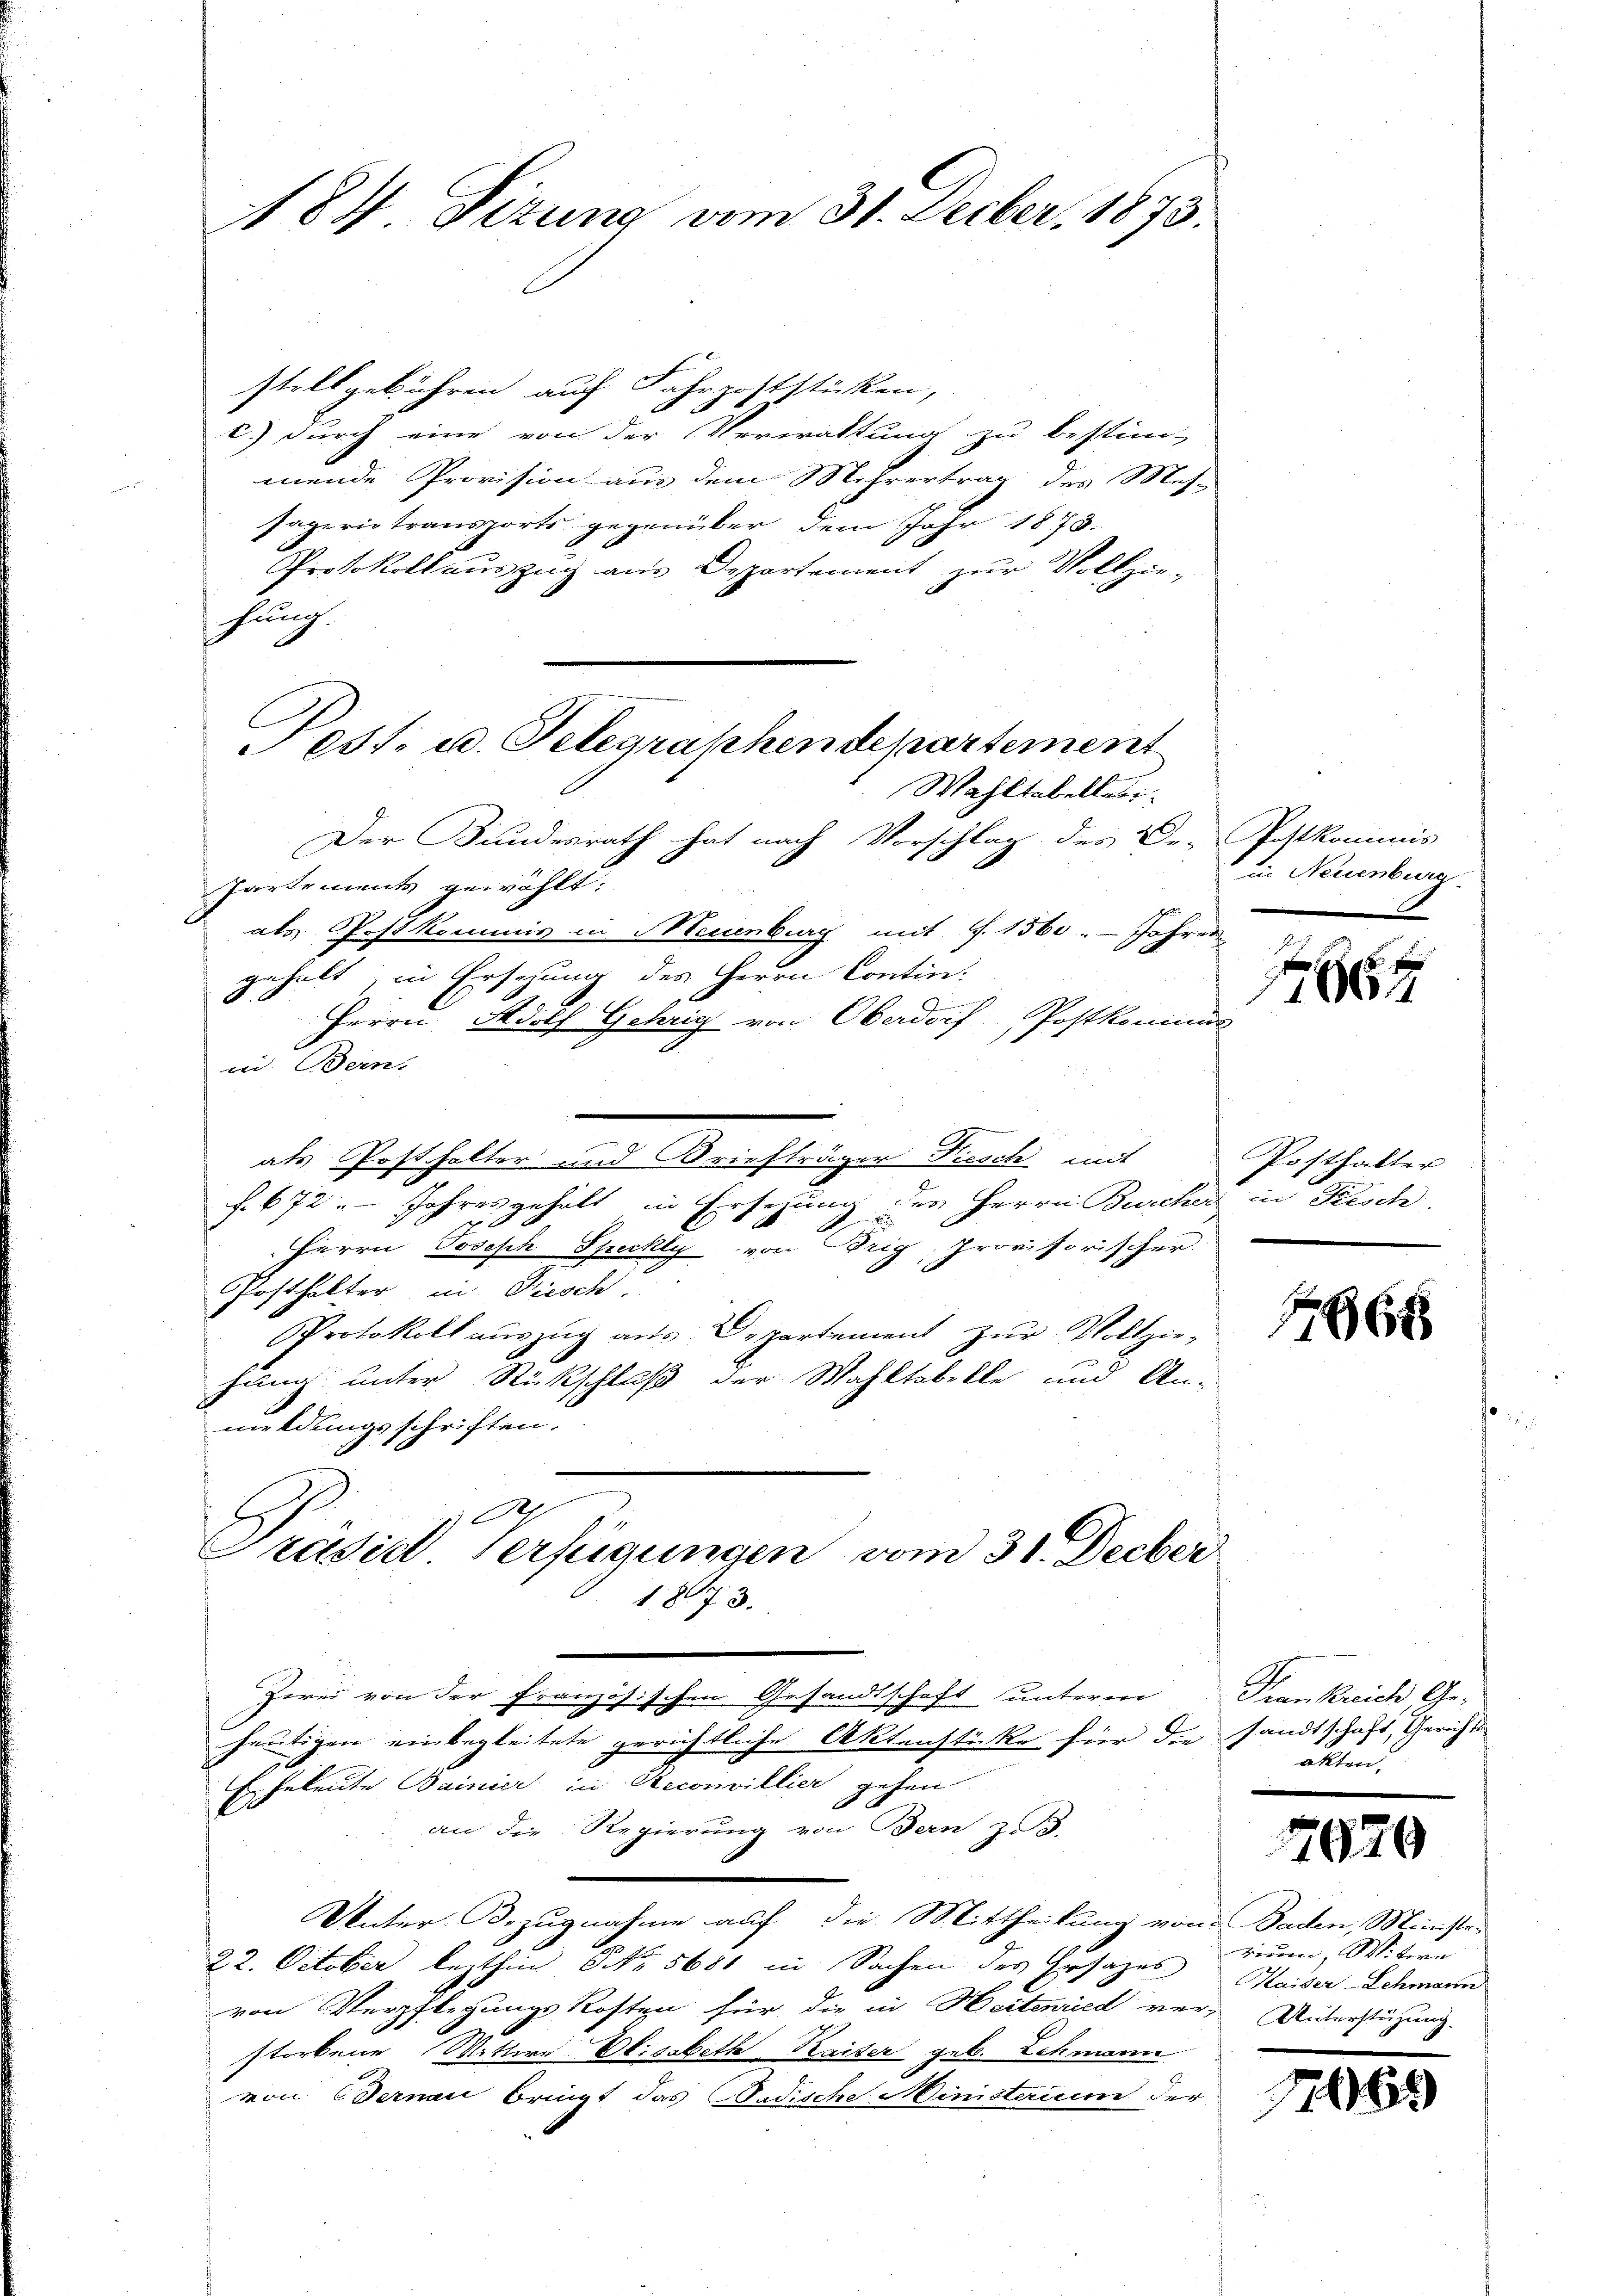
184 Sizung vom 31. Decber, 1873.

stellgebühren auf Fahrpoststücken,
c.) durch eine von der Verwaltung zu bestim-
mende Provision aus dem Mehrertrag des Mes-
sägerie transports gegenüber dem Jahr 1873.
Protokollauszug aus Departement zur Vollzie-
hung.
Wahltabellei
Der Bundesrath hat nach Vorschlag der Dr. Postkommis
Partements gewählt:
als Postkommis in Neuenburg mit 7. 1560. Jahres
gehalt, in Ersehung des Herrn Contin.
.
Herrn Adolf Gehrig von Oberdorf Postkommis
in Bern.
als Posthalter und Briefträger Fiesch mit
f. 672. Jahresgehalt in Ersezung des Herrn Burcher in Kisch
0 x
Herrn Joseph Specky von Brig, provisorischer
Posthalter in Fiesch.
Protokoll auszug aus Departement zur Vollzie-
hang unter Rückschluß der Wahltabelle und An-
meldungsschriften.
A
Präsid. Verfügungen vom 31. Decber
1873.
Zwei von der Französischen Gesandtschaft unteren Trankreich Ge-
heutigen einbegleitete gerichtliche Aktenstücke hier die sandtschaft, Gerichte
Eheleute Bainier in Reconvillier gehen
an die Regierung von Bern z. B.
Unter Bezugnahme auf die Mittheilung von Baden, Münste-
22. October lezthin Nr. 5681 in Sachen des Ersatzes
von Verpflegungs Kosten für die in Heitenried ver-Unterstützung.
storbene Wittwe Elisabeth Kaiser geb. Schmann
von Ternau bringt das Badische Ministerium der

est. u. Telegraphendepartement

in Neuenburg.

g
1466

Posthalter

1668

akten.

7620

rium, Witwe
Haider-Schmann

1065